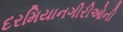
દરમિયાનગીરીઓની